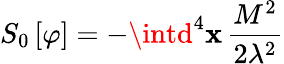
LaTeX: S_{0}\left[\varphi\right]=-\intd^{4}\mathbf{x}\, \frac{{M^{2}}}{{2\lambda^{2}}}